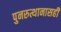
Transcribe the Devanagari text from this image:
पुनरुत्थानासही